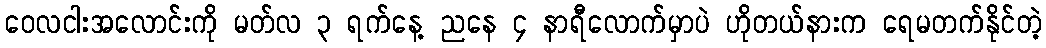
ဝေလငါးအလောင်းကို မတ်လ ၃ ရက်နေ့ ညနေ ၄ နာရီလောက်မှာပဲ ဟိုတယ်နားက ရေမတက်နိုင်တဲ့